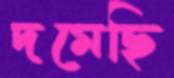
দমেছি